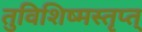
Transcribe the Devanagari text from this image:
तुविशिष्मस्तृप्त्